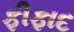
ફીફાદ